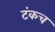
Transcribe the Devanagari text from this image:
टंकच